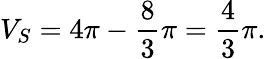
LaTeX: V_{S}=4\pi-{\frac{8}{3}}\pi={\frac{4}{3}}\pi.